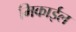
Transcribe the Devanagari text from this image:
मिकाईल